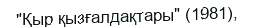
"Қыр қызғалдақтары" (1981),